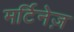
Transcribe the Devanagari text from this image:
मर्टिनेज़